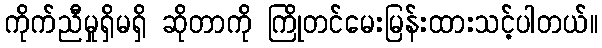
ကိုက်ညီမှုရှိမရှိ ဆိုတာကို ကြိုတင်မေးမြန်းထားသင့်ပါတယ်။